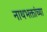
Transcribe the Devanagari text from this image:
नाथभक्तांच्या